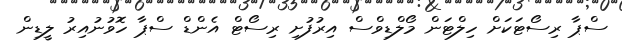
ސްޕާ ރިސޯޓަކަށް ހިލްޓަން މޯލްޑިވްސް އިރުފުށި ރިސޯޓް އެންޑް ސްޕާ ހޮވުނުއިރު ލީޑިން